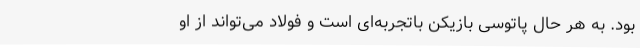
بود. به هر حال پاتوسی بازیکن باتجربه‌ای است و فولاد می‌تواند از او